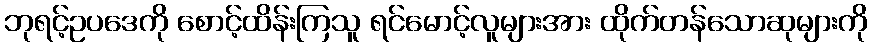
ဘုရင့်ဥပဒေကို စောင့်ထိန်းကြသူ ရင်မောင့်လူများအား ထိုက်တန်သောဆုများကို